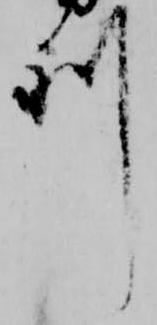
利